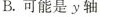
B.可能是y轴